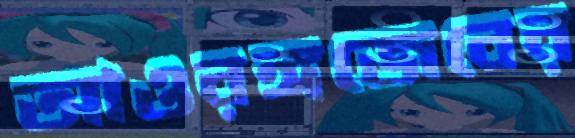
আওরঙ্গজেবের